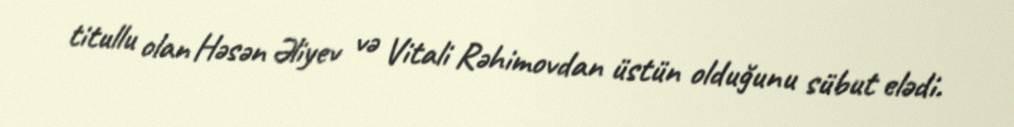
titullu olan Həsən Əliyev və Vitali Rəhimovdan üstün olduğunu sübut elədi.